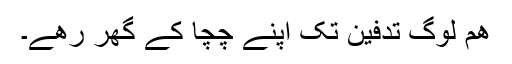
ھم لوگ تدفین تک اپنے چچا کے گھر رھے۔